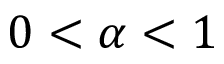
0 < \alpha < 1